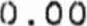
0.00